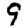
Digit: 9